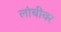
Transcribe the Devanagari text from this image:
लांबीवर